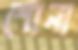
শোনা